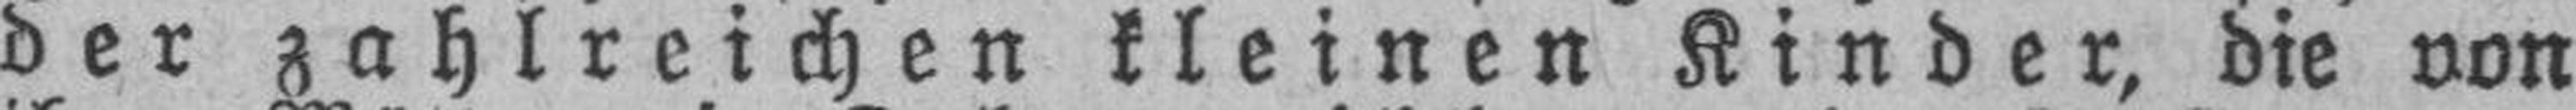
der zahlreichen kleinen Kinder, die von